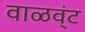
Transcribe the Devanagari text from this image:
वाळव्ंट